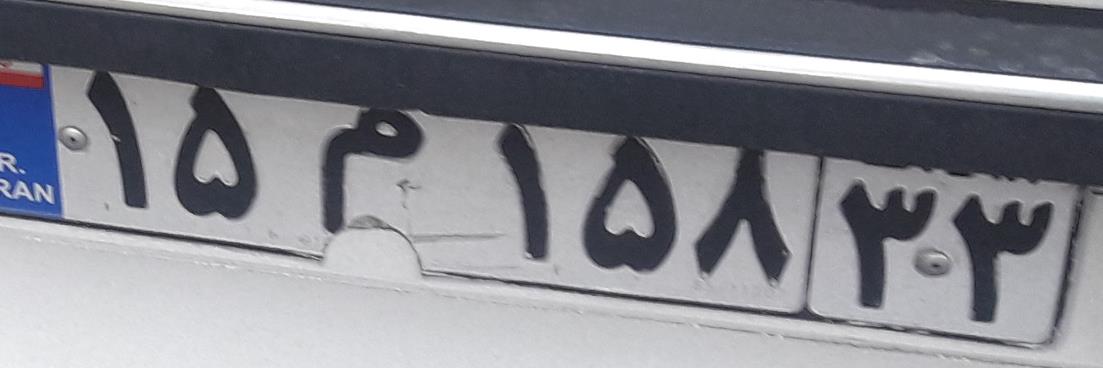
۱۵م۱۵۸۳۳